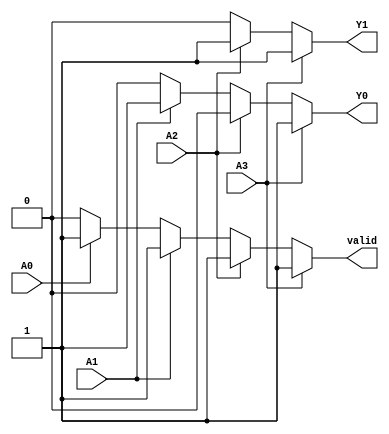
module priority_encoder (
    input wire A3,     // Highest priority input
    input wire A2,
    input wire A1,
    input wire A0,     // Lowest priority input
    output reg Y1,     // Output for priority encoding
    output reg Y0,     // Output for priority encoding
    output reg valid    // Indicator for valid output
);

always @(*) begin
    // Default output
    Y1 = 1'b0;
    Y0 = 1'b0;
    valid = 1'b0; // Assume invalid state by default

    // Priority encoding logic
    if (A3) begin
        Y1 = 1'b1;
        Y0 = 1'b1; // A3 is active
        valid = 1'b1; // Valid output
    end else if (A2) begin
        Y1 = 1'b1;
        Y0 = 1'b0; // A2 is active
        valid = 1'b1; // Valid output
    end else if (A1) begin
        Y1 = 1'b0;
        Y0 = 1'b1; // A1 is active
        valid = 1'b1; // Valid output
    end else if (A0) begin
        Y1 = 1'b0;
        Y0 = 1'b0; // A0 is active
        valid = 1'b1; // Valid output
    end 
    // If all inputs are low, Y1 and Y0 remain 0 and valid is 0
end

endmodule